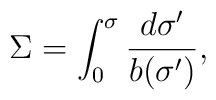
\Sigma=\int_{0}^{\sigma}\frac{d\sigma '}{b(\sigma ')},